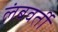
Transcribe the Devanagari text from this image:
लंबवर्ती